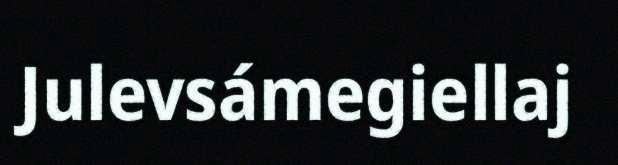
Julevsámegiellaj